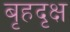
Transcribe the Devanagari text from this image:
बृहदृक्ष